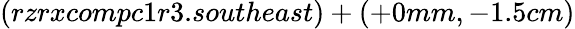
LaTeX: (rzrxcompc1r3.southeast)+(+0mm,-1.5cm)